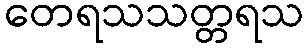
တေရသသတ္တရသ